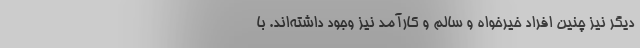
ديگر نيز چنين افراد خيرخواه و سالم و كارآمد نيز وجود داشته‌اند. با